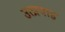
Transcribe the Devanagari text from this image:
उत्प्रवाह